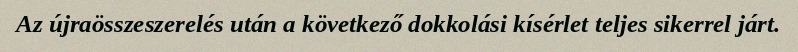
Az újraösszeszerelés után a következő dokkolási kísérlet teljes sikerrel járt.